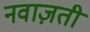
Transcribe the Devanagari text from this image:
नवाज़ती